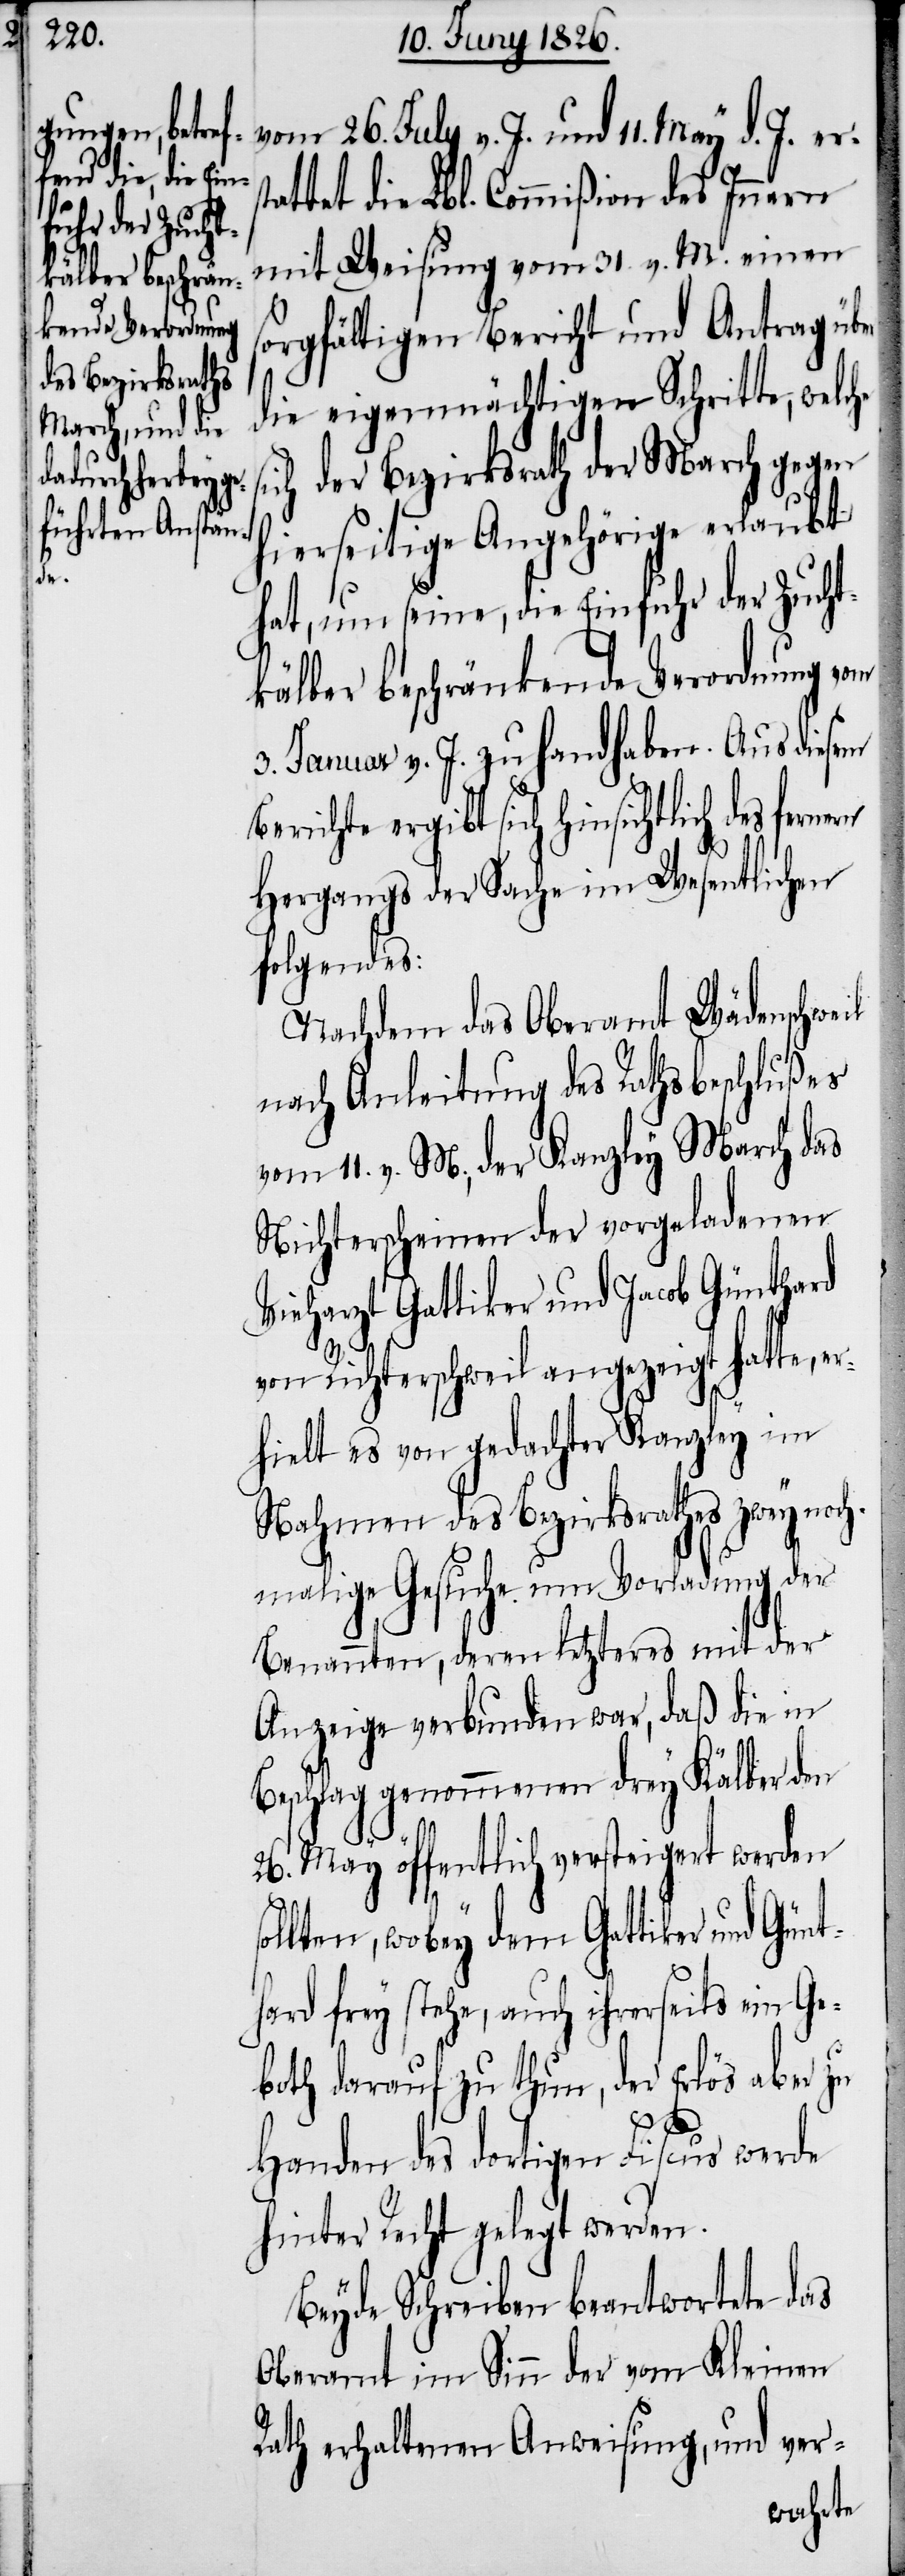
vom 26. July v. J. und 11. May d. J. er¬
attet die Lbl. Commißion des Innern
mit Weisung vom 31. v. M. einen
sorgfältigen Bericht und Antrag über
die eigenmächtigen Schritte, welche
ich der Bezirksrath der March gegen
hierseitige Angehörige erlaubt
hat, um seine, die Einfuhr der Zucht¬
kälber beschränkende Verordnung vom
3. Januar v. J. zu handhaben. Aus diesem
Berichte ergibt sich hinsichtlich des
Hergangs der Sache im Wesentlichen
folgendes:
Nachdem das Oberamt Wädenschweil
nach Anleitung des Rathsbeschlußes
vom 11. v. M., der Kanzley March das
Nichterscheinen der vorgeladenen
Vieharzt Gattiker und Jacob Günthard
von Richterschweil angezeigt hatte, e¬
rhielt es von gedachter Kanzley im
Nahmen des Bezirksrathes zwey noch¬
malige Gesuche um Vorladung der
Benannten, deren letzteres mit der
Anzeige verbunden war, daß die in
Beschlag genommenen drey Kälber den
26. May öffentlich versteigert werden
s¬
ollten, wobey dem Gattiker und Gün¬
thard frey stehe, auch ihrerseits ein Ge¬
both darauf zu thun, der Erlös aber zu
Handen des dortigen Fiscus werde
hinter Recht gelegt werden.
Beyde Schreiben beantwortetet das
Oberamt im Sinn der vom Kleinen
Rath erhaltenen Anweisung, und ver-